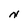
Character: N